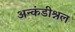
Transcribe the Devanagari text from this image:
अन्कंडीश्नल